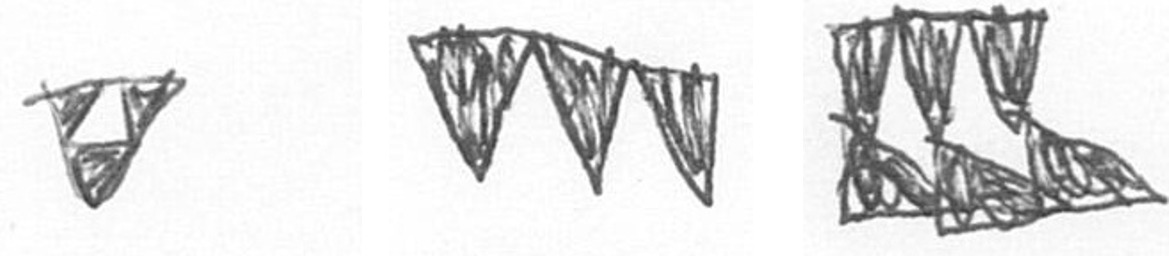
S L D